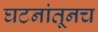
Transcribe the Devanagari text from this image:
घटनांतूनच